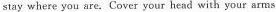
stay where you are. Cover your head with your arms